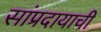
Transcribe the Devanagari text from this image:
सांप्रदायाची